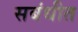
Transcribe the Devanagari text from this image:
सबंधीत